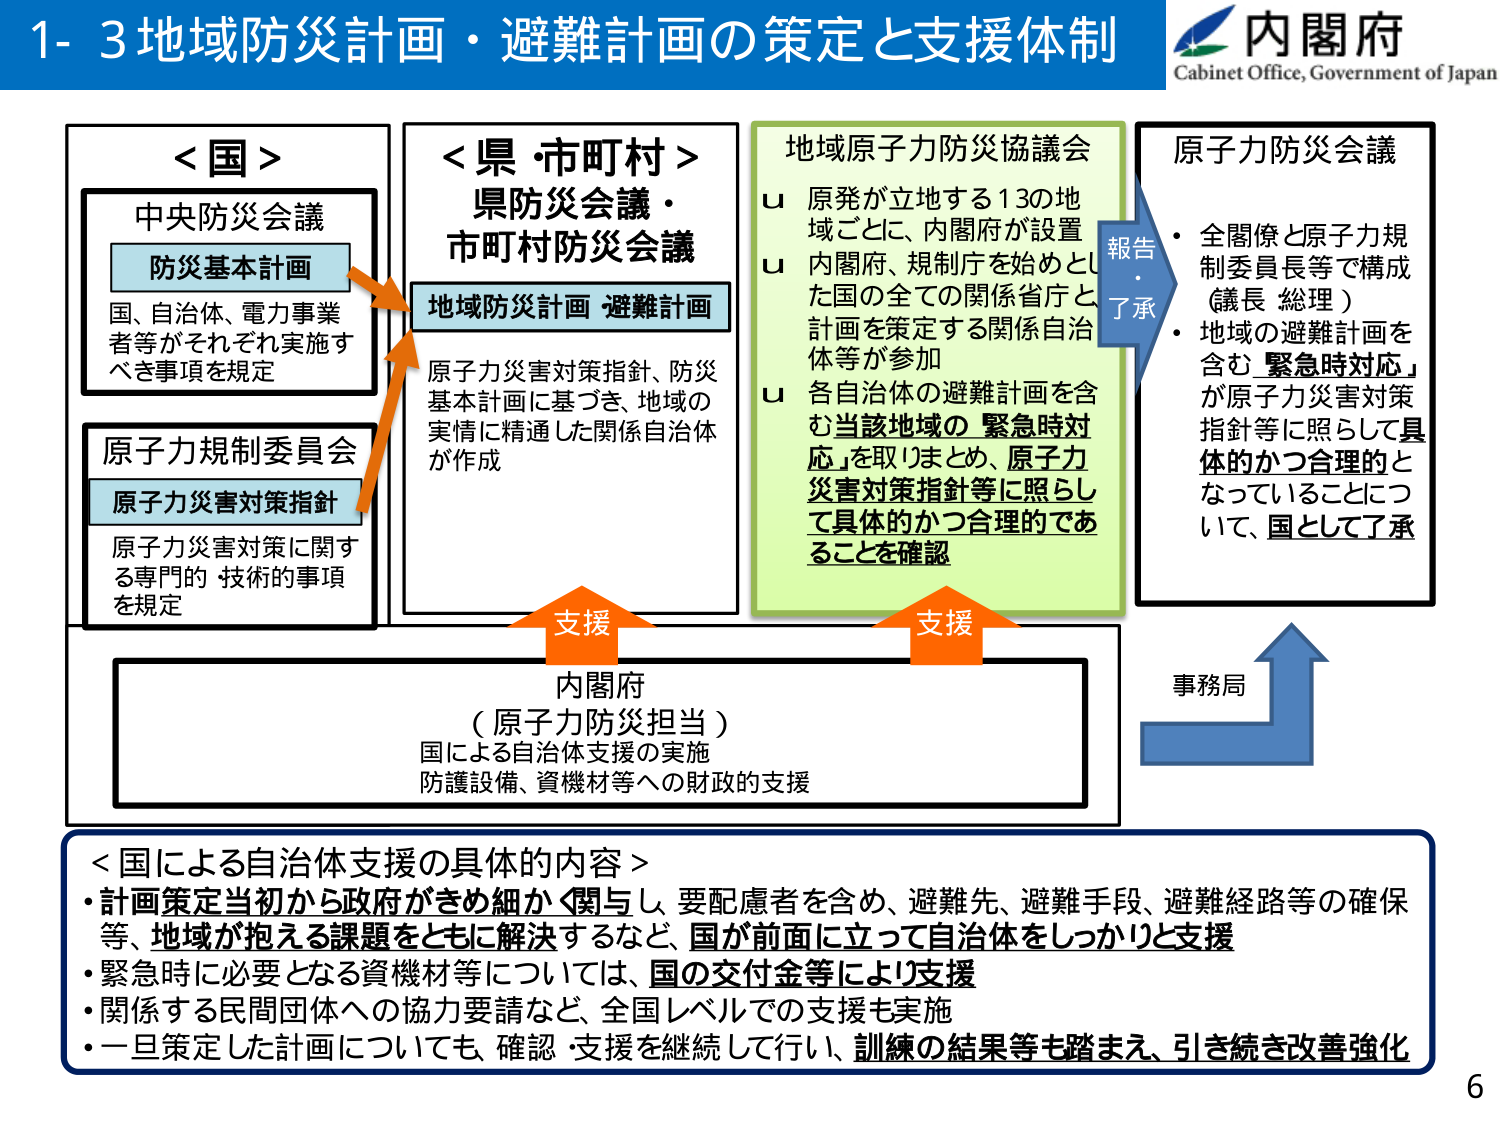
1- 3地域防災計画・避難計画の策定と支援体制

内閣府
Cabinet Office, Government of Japan

＜国＞
中央防災会議
防災基本計画
国、自治体、電力事業者等がそれぞれ実施すべき事項を規定

原子力規制委員会
原子力災害対策指針
原子力災害対策に関する専門的・技術的事項を規定

＜県・市町村＞
県防災会議・
市町村防災会議
地域防災計画 避難計画
原子力災害対策指針、防災基本計画に基づき、地域の実情に精通した関係自治体が作成

地域原子力防災協議会
u 原発が立地する13の地域ごとに、内閣府が設置
u 内閣府、規制庁を始めとした国の全ての関係省庁と計画を策定する関係自治体等が参加
u 各自治体の避難計画を含む当該地域の「緊急時対応」を取りまとめ、原子力災害対策指針等に照らして具体的かつ合理的であることを確認

原子力防災会議
・全閣僚と原子力規制委員長等で構成（議長 総理）
・地域の避難計画を含む「緊急時対応」が原子力災害対策指針等に照らして具体的かつ合理的となっていることについて、国として了承

報告・了承

支援
支援

内閣府
（原子力防災担当）
国による自治体支援の実施
防護設備、資機材等への財政的支援

事務局

＜国による自治体支援の具体的内容＞
・計画策定当初から政府がきめ細かく関与し、要配慮者を含め、避難先、避難手段、避難経路等の確保等、地域が抱える課題をともに解決するなど、国が前面に立って自治体をしっかりと支援
・緊急時に必要となる資機材等については、国の交付金等により支援
・関係する民間団体への協力要請など、全国レベルでの支援も実施
・一旦策定した計画についても、確認・支援を継続して行い、訓練の結果等も踏まえ、引き続き改善強化

6